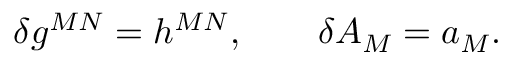
\delta g ^ { M N } = h ^ { M N } , \qquad \delta A _ { M } = a _ { M } .